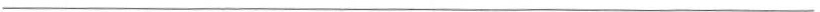
___